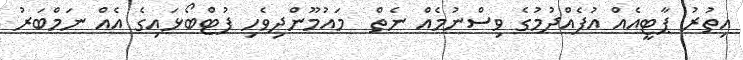
އިތުރު ޕާޓީއެއް އުފެއްދުމުގެ ވިސްނުމެއް ނެތް  މައުމޫންދިވެހި ފުޓްބޯޅައިގެ އެއް ނަމްބަރު